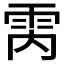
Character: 𮦈